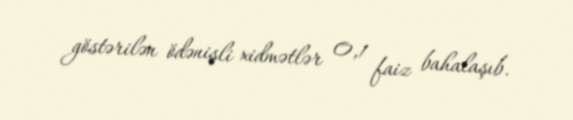
göstərilən ödənişli xidmətlər 0,1 faiz bahalaşıb.